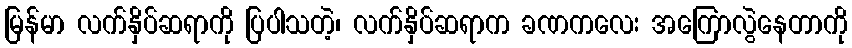
မြန်မာ လက်နှိပ်ဆရာကို ပြပါသတဲ့၊ လက်နှိပ်ဆရာက ခဏကလေး အကြောလွဲနေတာကို